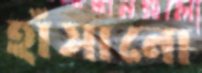
হাঁসানো